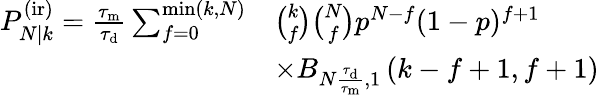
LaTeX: \begin{array}{rl}{P_{N|k}^{\mathrm{(ir)}}=\frac{\tau_{\mathrm{m}}}{\tau_{\mathrm{d}}}\sum_{f=0}^{\operatorname*{min}(k,N)}}&{\binom{k}{f}\binom{N}{f}p^{N-f}(1-p)^{f+1}}\\ &{\times B_{N\frac{\tau_{\mathrm{d}}}{\tau_{\mathrm{m}}},1}\left(k-f+1,f+1\right)}\end{array}